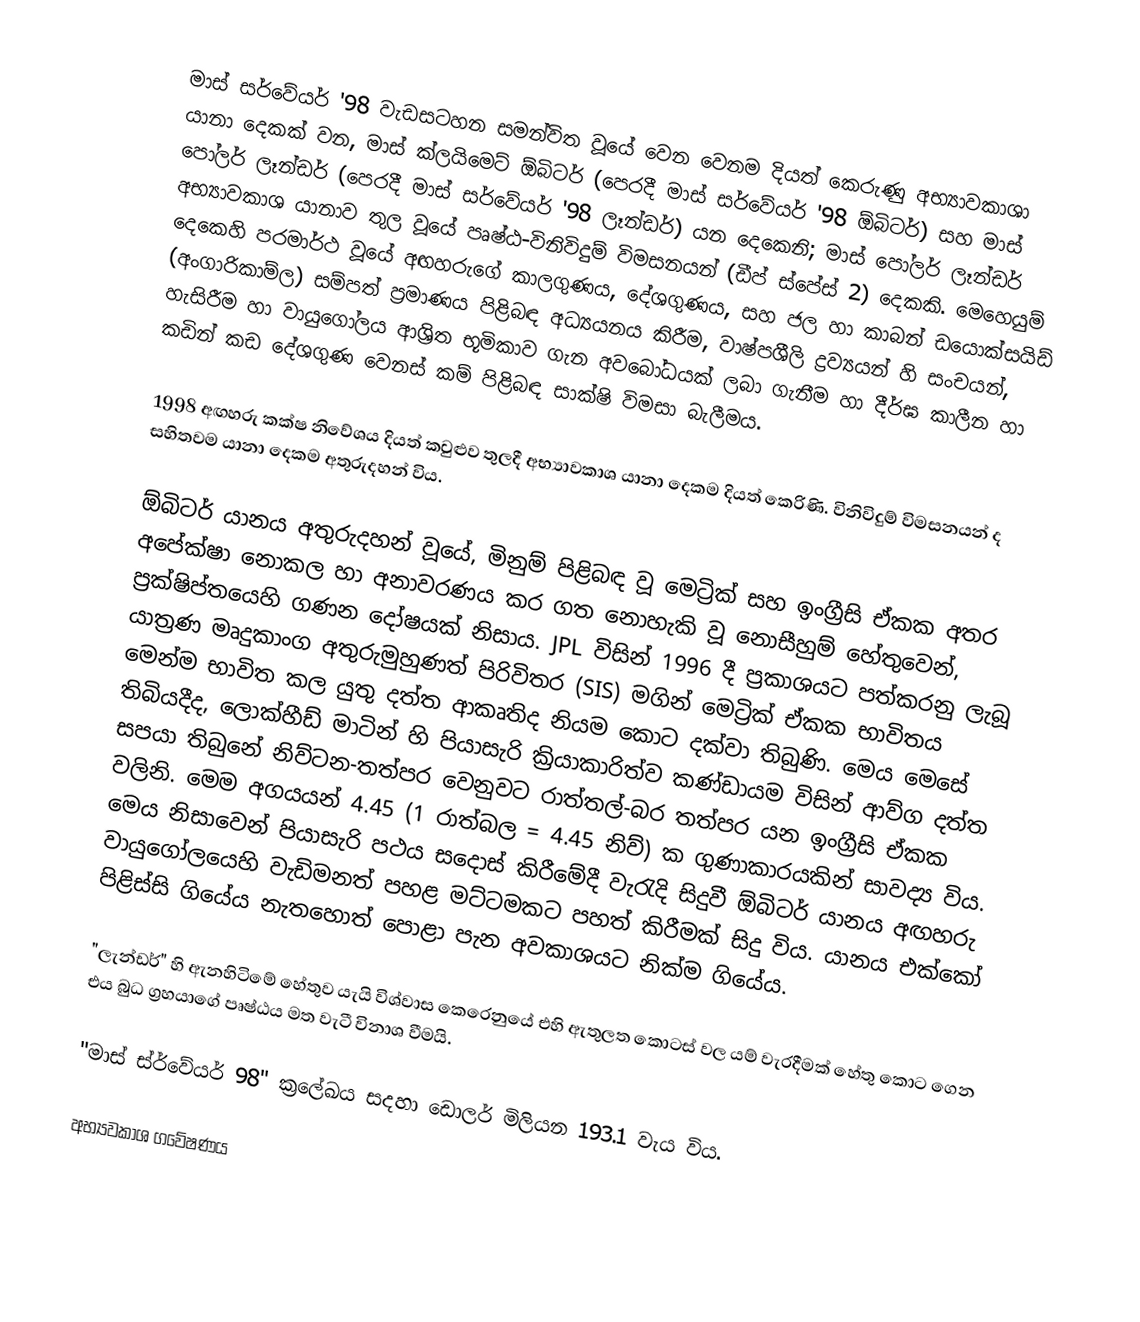
මාස් සර්වේයර් '98 වැඩසටහන සමන්විත වූයේ වෙන වෙනම දියත් කෙරුණු අභ්‍යාවකාශා යානා දෙකක් වන, මාස් ක්ලයිමෙට් ඕබිටර් (පෙරදී මාස් සර්වේයර් '98 ඕබිටර්) සහ  මාස් පෝලර් ලෑන්ඩර් (පෙරදී මාස් සර්වේයර් '98 ලෑන්ඩර්) යන දෙකෙනි; මාස් පෝලර් ලෑන්ඩර් අභ්‍යාවකාශ යානාව තුල වූයේ පෘෂ්ඨ-විනිවිදුම් විමසනයන් (ඩීප් ස්පේස් 2) දෙකකි. මෙහෙයුම් දෙකෙහි පරමාර්ථ වූයේ අඟහරුගේ කාලගුණය, දේශගුණය, සහ ජල හා කාබන් ඩයොක්සයිඩ් (අංගාරිකාම්ල) සම්පත් ප්‍රමාණය පිළිබඳ අධ්‍යයනය කිරීම, වාෂ්පශීලි ද්‍රව්‍යයන් හි සංචයන්, හැසිරීම හා වායුගෝලය ආශ්‍රිත භූමිකාව  ගැන අවබෝධයක් ලබා ගැනීම හා දීර්ඝ කාලීන හා කඩින් කඩ දේශගුණ වෙනස් කම් පිළිබඳ සාක්ෂි විමසා බැලීමය.

1998 අඟහරු කක්ෂ නිවේශය දියත් කවුළුව තුලදී අභ්‍යාවකාශ යානා දෙකම දියත් කෙරිණි. විනිවිදුම් විමසනයන් ද සහිතවම ‍යානා දෙකම අතුරුදහන් විය.

ඕබිටර්  යානය අතුරුදහන් වූයේ,  මිනුම් පිළිබඳ වූ මෙට්‍රික් සහ  ඉංග්‍රීසි ඒකක අතර අපේක්ෂා නොකල හා අනාවරණය කර ගත නොහැකි වූ නොසීහුම් හේතුවෙන්,   ප්‍රක්ෂිප්තයෙහි ගණන දෝෂයක් නිසාය. JPL විසින් 1996 දී ප්‍රකාශයට පත්කරනු ලැබූ යාත්‍රණ මෘදුකාංග අතුරුමුහුණත් පිරිවිතර (SIS) මගින් මෙට්‍රික් ඒකක භාවිතය මෙන්ම භාවිත කල යුතු දත්ත ආකෘතිද නියම කොට දක්වා තිබුණි. මෙය මෙසේ තිබියදීද, ලොක්හීඩ් මාටින් හි පියාසැරි ක්‍රියාකාරිත්ව කණ්ඩායම විසින් ආව්ග දත්ත සපයා තිබුනේ නිව්ටන-තත්පර වෙනුවට රාත්තල්-බර තත්පර යන ඉංග්‍රීසි ඒකක වලිනි. මෙම අගයයන්  4.45 (1 රාත්බල = 4.45 නිව්) ක ගුණාකාරයකින් සාවද්‍ය විය. මෙය නිසාවෙන් පියාසැරි පථය සදොස් කිරීමේදී වැරැදි සිදුවී ඕබිටර් යානය අඟහරු වායුගෝලයෙහි වැඩිමනත් පහළ මට්ටමකට පහත් කිරීමක් සිදු විය. යානය එක්කෝ පිළිස්සි ගියේය නැතහොත් පොළා පැන අවකාශයට නික්ම ගියේය.

"ලැන්ඩර්" හි ඇනහිටිමේ හේතුව යැයි විශ්වාස කෙරෙනුයේ එහි ඇතුලත කොටස් වල යම් වැරදීමක් හේතු කොට ගෙන එය බුධ ග්‍රහයාගේ පෘෂ්ඨය මත වැටී විනාශ වීමයි.

"මාස් ස්ර්වේයර් 98"  ක්‍ර‍ලේඛය සදහා ඩොලර් මිලියන 193.1 වැය විය.

අභ්‍යවකාශ ගවේෂණය